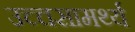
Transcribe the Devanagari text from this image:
उच्चसामर्थ्य